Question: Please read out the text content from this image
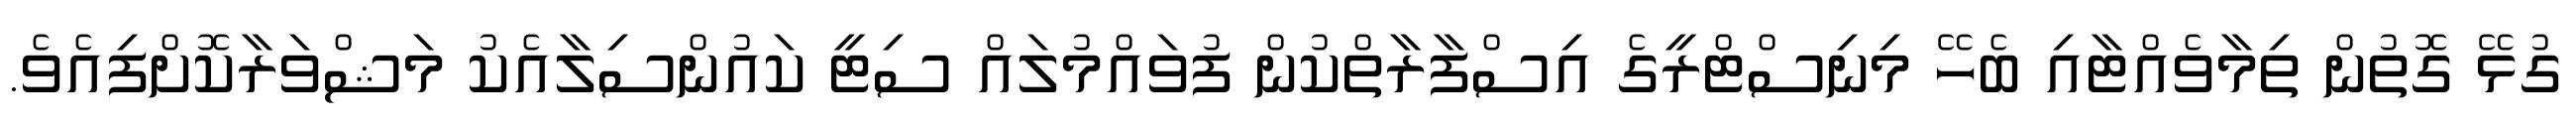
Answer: ގުޅޭ ގޮތުން ތިމާވެއްޓާއި ބެހޭ މިނިސްޓްރީގެ އިސްފާރާތްކުން ފުވައްމުލައް ސިޓީ ކައުންސިލާއެކު މަޝްވަރާކޮށްފިއެވެ.